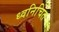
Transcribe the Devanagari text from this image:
ध्वनिचित